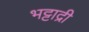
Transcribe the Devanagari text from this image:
भट्टाद्री